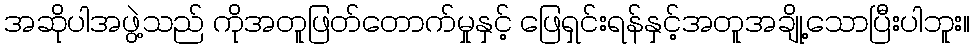
အဆိုပါအဖွဲ့သည် ကိုအတူဖြတ်တောက်မှုနှင့် ဖြေရှင်းရန်နှင့်အတူအချို့သောပြီးပါဘူး။